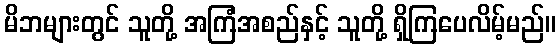
မိဘများတွင် သူတို့ အကြံအစည်နှင့် သူတို့ ရှိကြပေလိမ့်မည်။